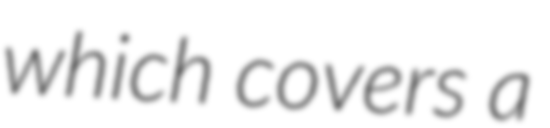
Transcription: which covers a